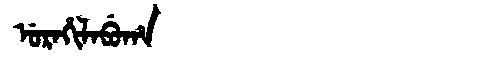
Manchu: ᡠᡵᠠᡥᡳᠯᠠᠪᡠᡥᠠ
Romanization: URAHILABUHA